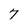
Character: 7